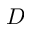
D